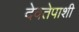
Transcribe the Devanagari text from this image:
देवतेपाशी